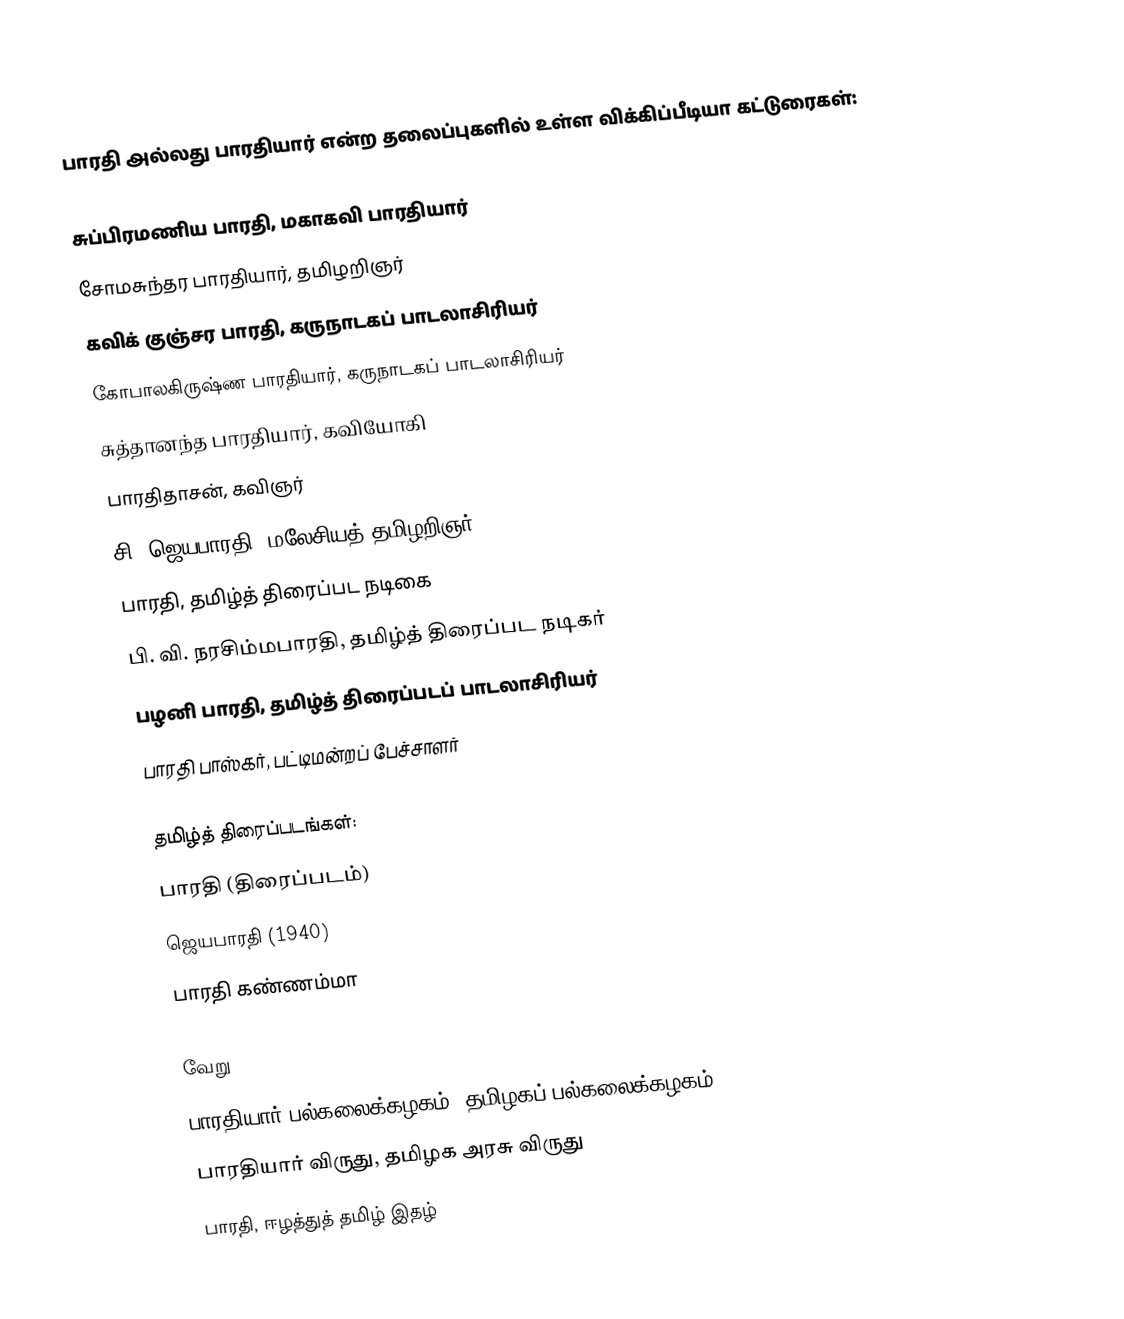
பாரதி அல்லது பாரதியார் என்ற தலைப்புகளில் உள்ள விக்கிப்பீடியா கட்டுரைகள்:

 சுப்பிரமணிய பாரதி, மகாகவி பாரதியார்
 சோமசுந்தர பாரதியார், தமிழறிஞர்
 கவிக் குஞ்சர பாரதி, கருநாடகப் பாடலாசிரியர்
 கோபாலகிருஷ்ண பாரதியார், கருநாடகப் பாடலாசிரியர்
 சுத்தானந்த பாரதியார், கவியோகி
 பாரதிதாசன், கவிஞர்
 சி. ஜெயபாரதி, மலேசியத் தமிழறிஞர்
 பாரதி, தமிழ்த் திரைப்பட நடிகை
 பி. வி. நரசிம்மபாரதி, தமிழ்த் திரைப்பட நடிகர்
 பழனி பாரதி, தமிழ்த் திரைப்படப் பாடலாசிரியர்
 பாரதி பாஸ்கர், பட்டிமன்றப் பேச்சாளர்

 தமிழ்த் திரைப்படங்கள்:
 பாரதி (திரைப்படம்)
 ஜெயபாரதி (1940)
 பாரதி கண்ணம்மா

 வேறு
 பாரதியார் பல்கலைக்கழகம், தமிழகப் பல்கலைக்கழகம்
 பாரதியார் விருது, தமிழக அரசு விருது
 பாரதி, ஈழத்துத் தமிழ் இதழ்